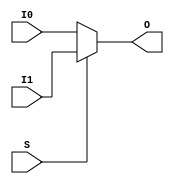
`ifdef verilator3
`else
`timescale 1 ps / 1 ps
`endif
//
// MUXF7 primitive for Xilinx FPGAs
// Compatible with Verilator tool (www.veripool.org)
// Copyright (c) 2019-2022 Frdric REQUIN
// License : BSD
//

/* verilator coverage_off */
module MUXF7
(
    input  wire I0, I1,
    input  wire S,
    output wire O
);

    assign O = (S) ? I1 : I0;

endmodule
/* verilator coverage_on */